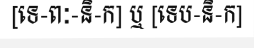
[ទេ-ពៈ-និ-ក] ឬ [ទេប-និ-ក]